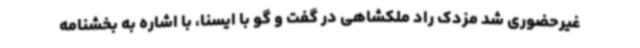
غیرحضوری شد مزدک راد ملکشاهی در گفت و گو با ایسنا، با اشاره به بخشنامه